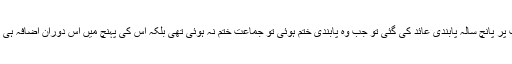
اندرا گاندھی کی ایمر جنسی کے دوران جب جماعت پر پانچ سالہ پابندی عائد کی گئی تو جب وہ پابندی ختم ہوئی تو جماعت ختم نہ ہوئی تھی بلکہ اس کی پہنچ میں اس دوران اضافہ ہی ہوا تھا اور مزید لوگ جماعت سے جڑ چکے تھے ۔